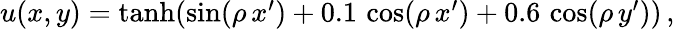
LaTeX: \begin{array}{r}{u(x,y)=\operatorname{tanh}(\sin(\rho\, x^{\prime})+0.1\, \cos(\rho\, x^{\prime})+0.6\, \cos(\rho\, y^{\prime}))\, ,}\end{array}